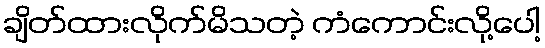
ချိတ်ထားလိုက်မိသတဲ့ ကံကောင်းလို့ပေါ့